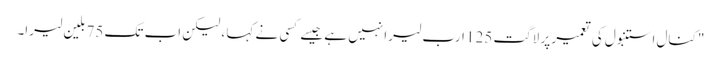
"کنال استنبول کی تعمیر پر لاگت 125 ارب لیرا نہیں ہے جیسے کسی نے کہا ، لیکن اب تک 75 بلین لیرا۔